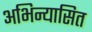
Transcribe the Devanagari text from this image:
अभिन्यासित